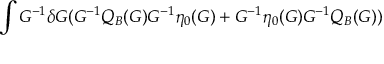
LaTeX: \int G ^ { - 1 } \delta G ( G ^ { - 1 } Q _ { B } ( G ) G ^ { - 1 } \eta _ { 0 } ( G ) + G ^ { - 1 } \eta _ { 0 } ( G ) G ^ { - 1 } Q _ { B } ( G ) )